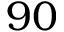
9 0